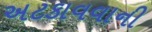
અટકાવવાની